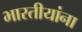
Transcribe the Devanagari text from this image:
भारतीयांंना